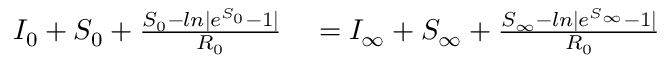
\begin{array} { r l } { I _ { 0 } + S _ { 0 } + \frac { S _ { 0 } - l n | e ^ { S _ { 0 } } - 1 | } { R _ { 0 } } } & { { } = I _ { \infty } + S _ { \infty } + \frac { S _ { \infty } - l n | e ^ { S _ { \infty } } - 1 | } { R _ { 0 } } } \end{array}